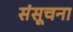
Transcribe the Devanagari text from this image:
संसूचना